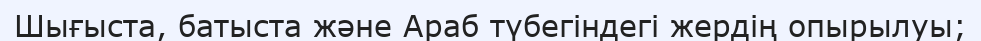
Шығыста, батыста және Араб түбегіндегі жердің опырылуы;